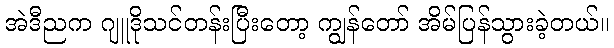
အဲဒီညက ဂျူဒိုသင်တန်းပြီးတော့ ကျွန်တော် အိမ်ပြန်သွားခဲ့တယ်။